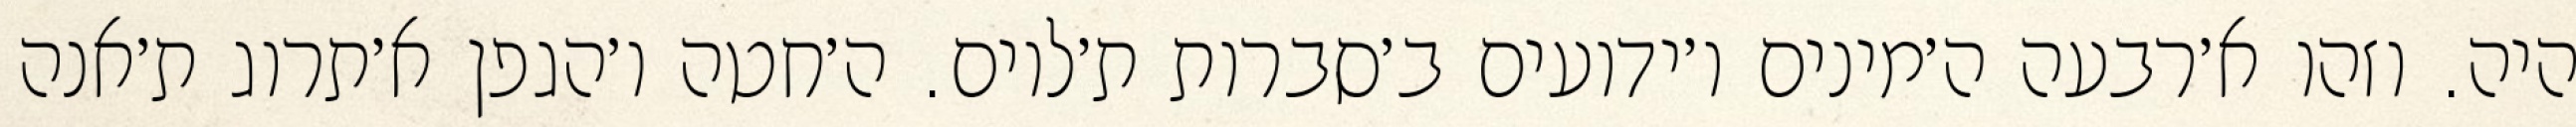
היה. וזהו א׳רבעה ה׳מינים ו׳ידועים ב׳סברות ת׳לוים. ה׳חטה ו׳הגפן א׳תרוג ת׳אנה